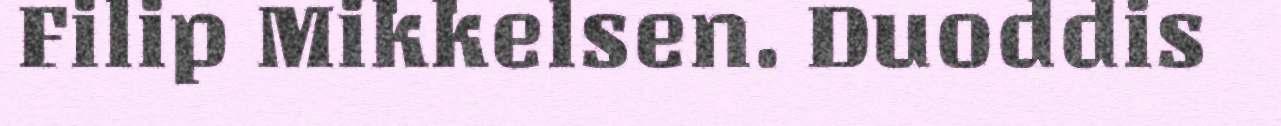
Filip Mikkelsen. Duoddis